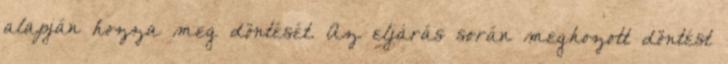
alapján hozza meg döntését. Az eljárás során meghozott döntést